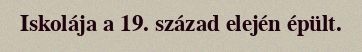
Iskolája a 19. század elején épült.